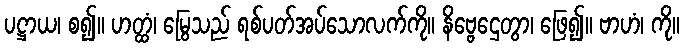
ပဋ္ဌာယ၊ စ၍။ ဟတ္ထံ၊ မြွေသည် ရစ်ပတ်အပ်သောလက်ကို။ နိဗ္ဗေဌေတွာ၊ ဖြေ၍။ ဗာဟံ၊ ကို။